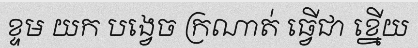
ខ្ទម យក បង្វេច ក្រណាត់ ធ្វើជា ខ្នើយ